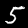
Label: 5